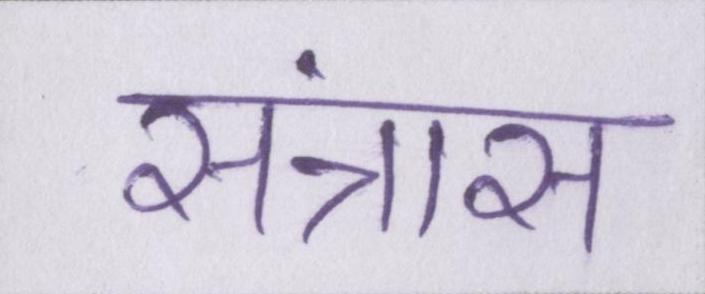
संत्रास